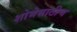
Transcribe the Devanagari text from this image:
शोभेसाठीच